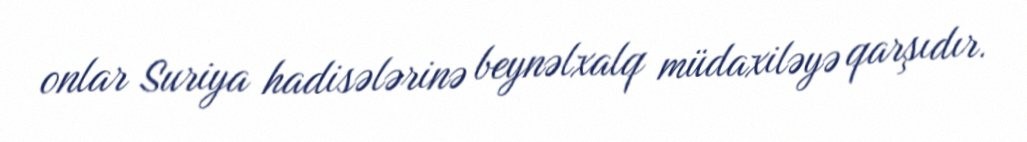
onlar Suriya hadisələrinə beynəlxalq müdaxiləyə qarşıdır.